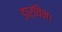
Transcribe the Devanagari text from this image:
डार्विन।